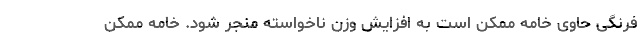
فرنگی حاوی خامه ممکن است به افزایش وزن ناخواسته منجر شود. خامه ممکن